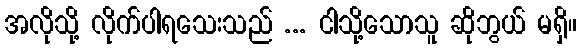
အလိုသို့ လိုက်ပါရသေးသည် ... ငါသို့သောသူ ဆိုဘွယ် မရှိ။